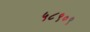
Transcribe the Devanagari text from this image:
५८९०९